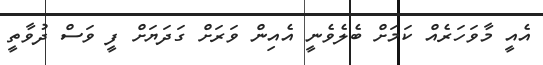
އެއީ މާވަހަރެއް ކަމަށް ބެލެވެނީ އެއިން ވަރަށް ގަދަޔަށް ފީ ވަސް ދުވާތީ